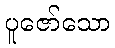
ပူဇော်သော